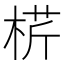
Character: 𣔠